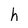
Character: h